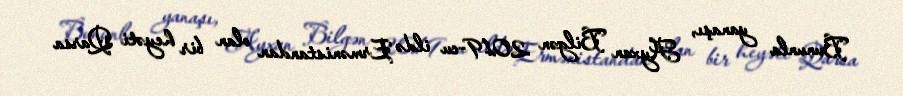
Bununla yanaşı, Ayxan Bilgən 2019-cu ildə Ermənistandan olan bir heyəti Qarsa